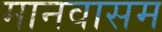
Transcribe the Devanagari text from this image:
मानवासम